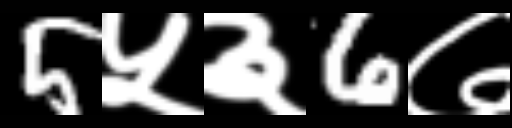
Text: 5५३6७